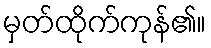
မှတ်ထိုက်ကုန်၏။